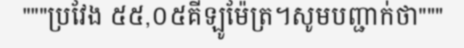
"""ប្រវែង ៥៥,០៥គីឡូម៉ែត្រ។សូមបញ្ជាក់ថា"""